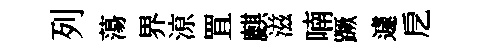
列蕩界鿌罝麒滋喃蹶遽戹